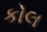
કોલ